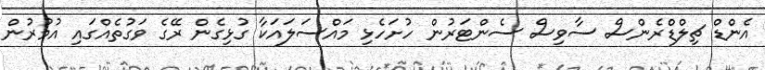
އެންޑް ޗިލްޑްރެންސް ސާވިސް ސެންޓަރުން ހުށަހެޅި މައްސަލައަކާ ގުޅިގެން ރޭގެ ވަގުތެއްގައި އުމުރުން